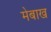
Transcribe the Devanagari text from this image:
मेबाख